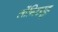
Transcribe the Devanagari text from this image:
लोंगिट्यूड